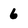
Character: 6